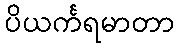
ပိယင်္ကရမာတာ